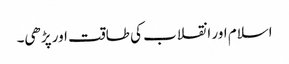
اسلام اور انقلاب کی طاقت اور پڑھی۔